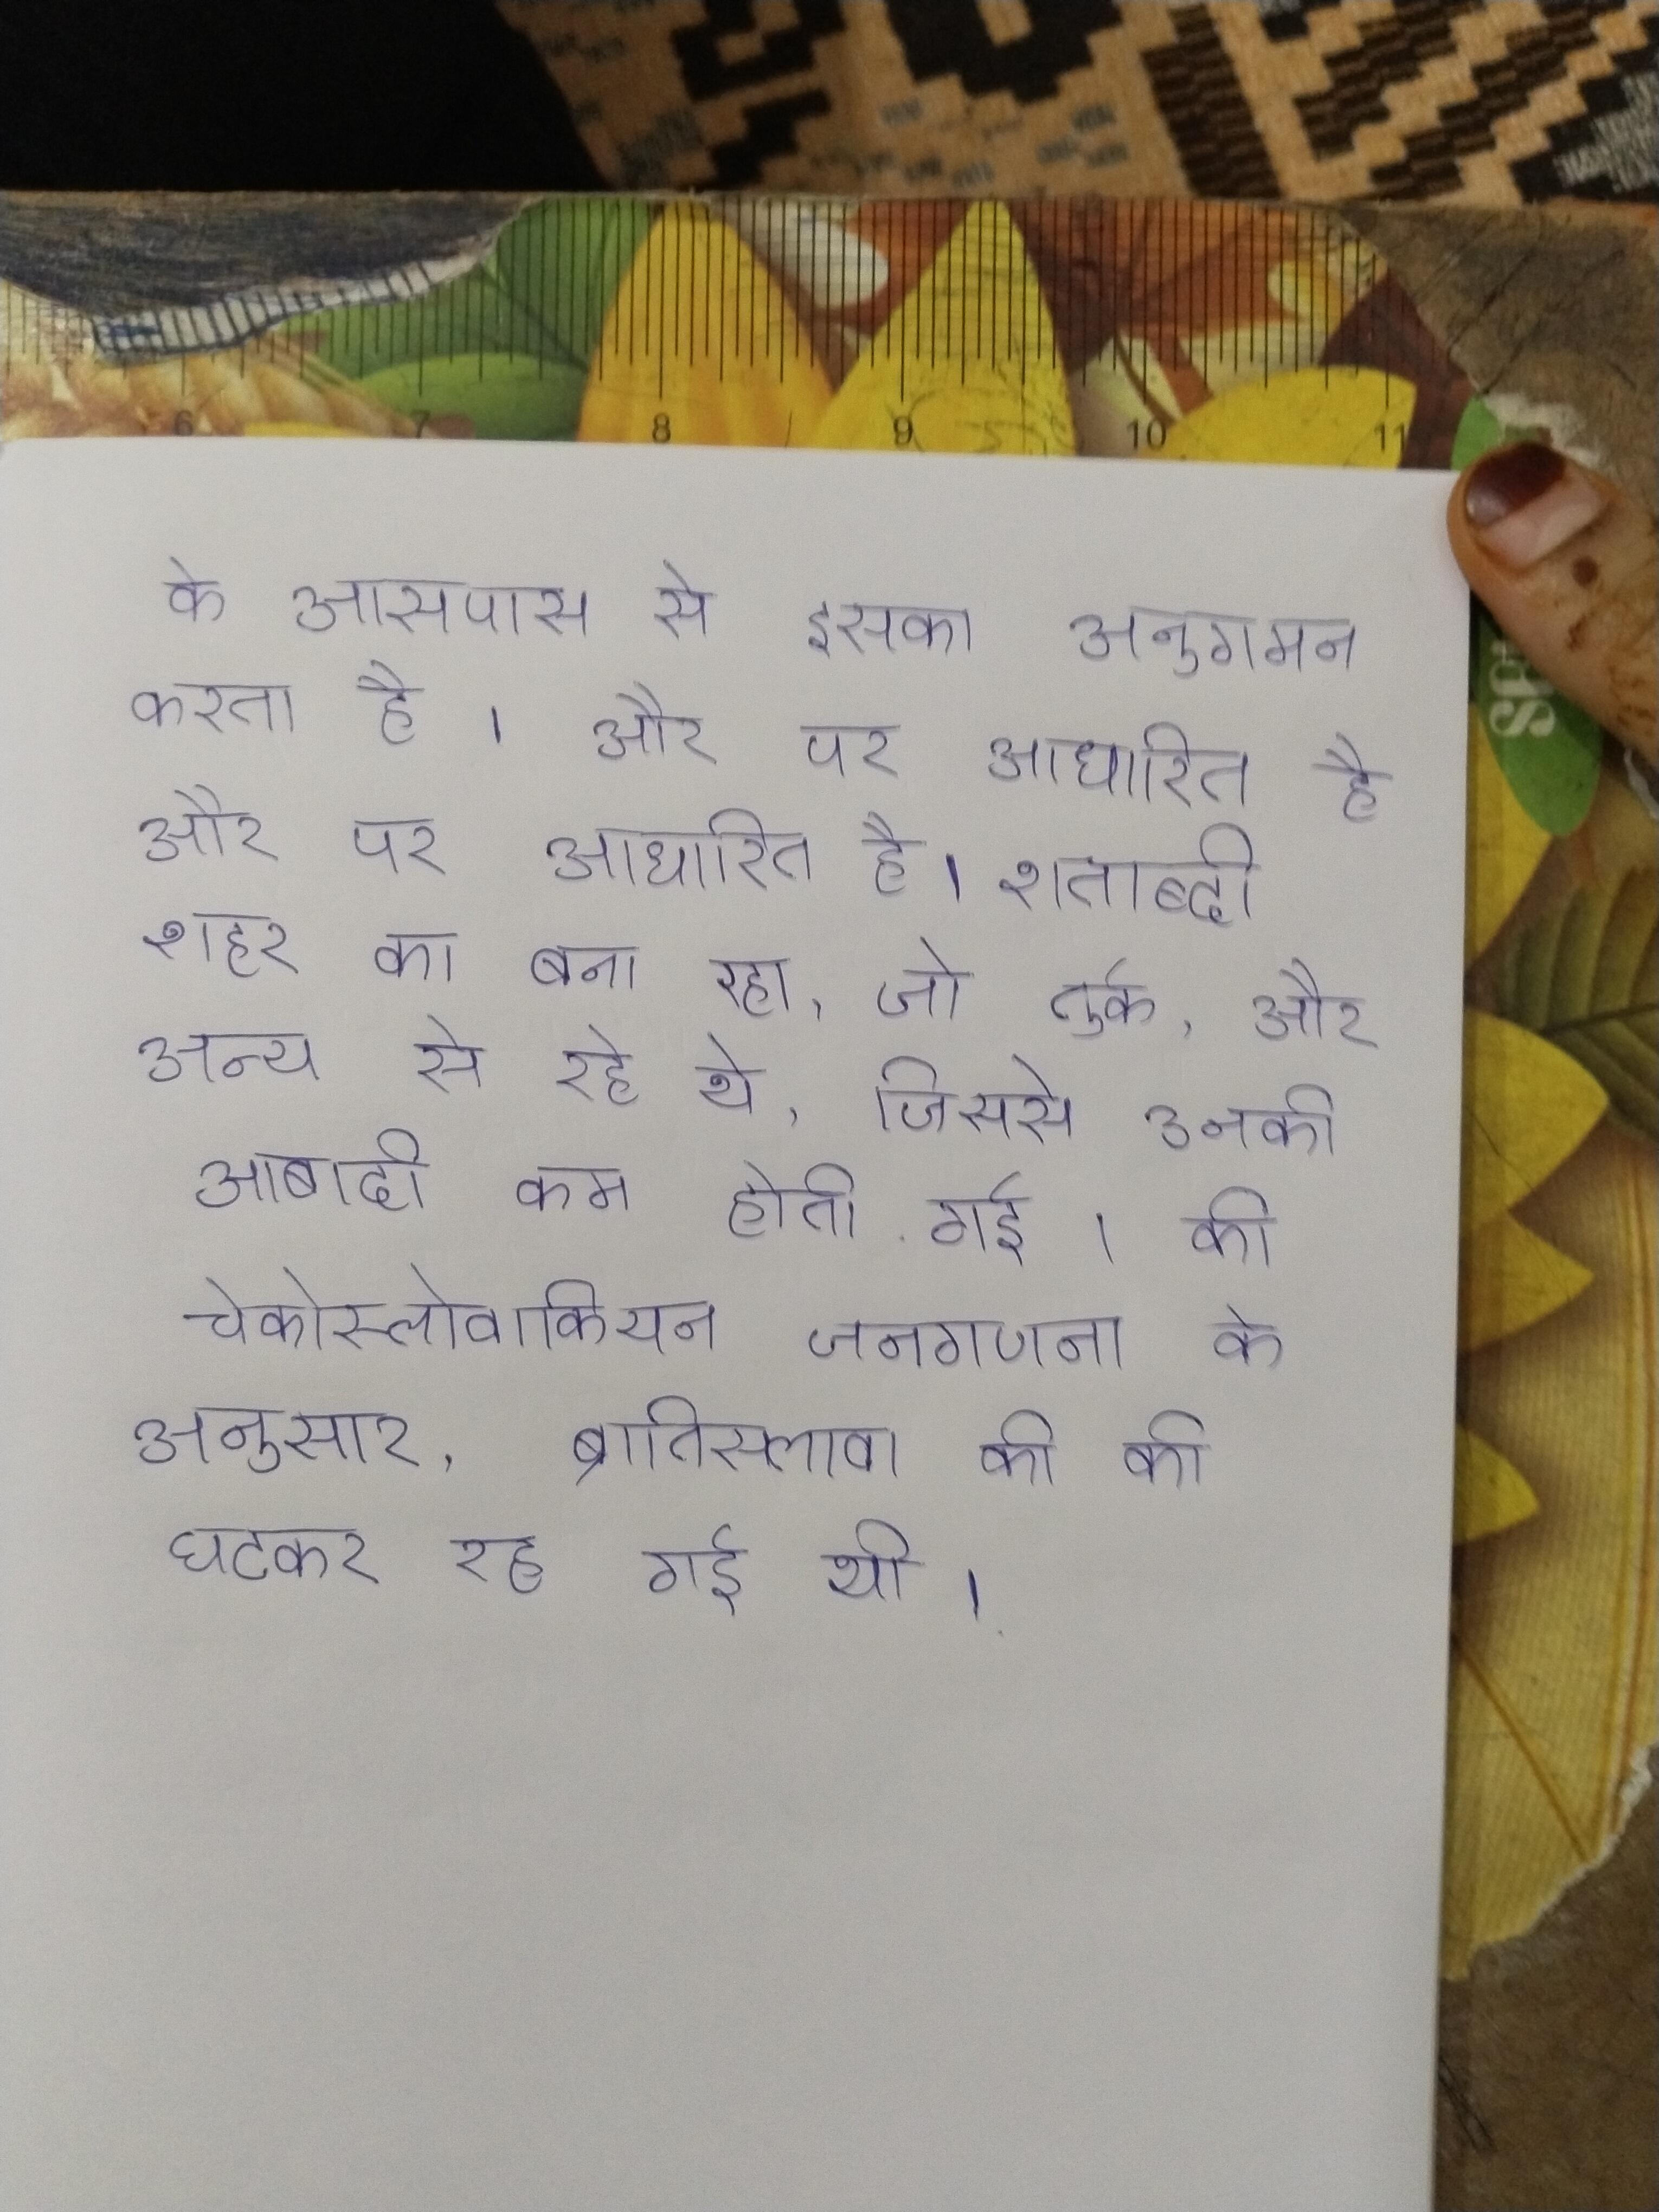
के आसपास से इसका अनुगमन करता है । और पर आधारित है और पर आधारित है । शताब्दी शहर का बना रहा, जो तुर्क, और अन्य से रहे थे, जिससे उनकी आबादी कम होती गई । की चेकोस्लोवाकियन जनगणना के अनुसार, ब्रातिस्लावा की की घटकर रह गई थी ।